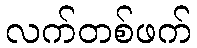
လက်တစ်ဖက်